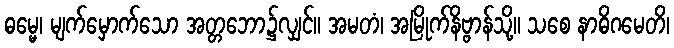
ဓမ္မေ၊ မျက်မှောက်သော အတ္တဘော၌လျှင်။ အမတံ၊ အမြိုက်နိဗ္ဗာန်သို့။ သစေ နာဓိဂမေတိ၊